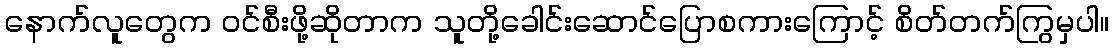
နောက်လူတွေက ဝင်စီးဖို့ဆိုတာက သူတို့ခေါင်းဆောင်ပြောစကားကြောင့် စိတ်တက်ကြွမှပါ။